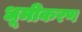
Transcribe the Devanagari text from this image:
धूमीकरण